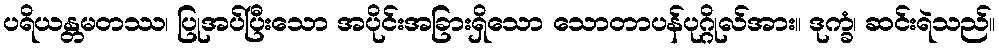
ပရိယန္တမတဿ၊ ပြုအပ်ပြီးသော အပိုင်းအခြားရှိသော သောတာပန်ပုဂ္ဂိုလ်အား။ ဒုက္ခံ၊ ဆင်းရဲသည်။